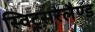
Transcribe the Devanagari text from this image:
स्विट्स़रलैण्ड